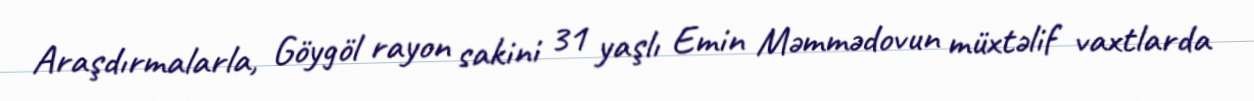
Araşdırmalarla, Göygöl rayon sakini 31 yaşlı Emin Məmmədovun müxtəlif vaxtlarda